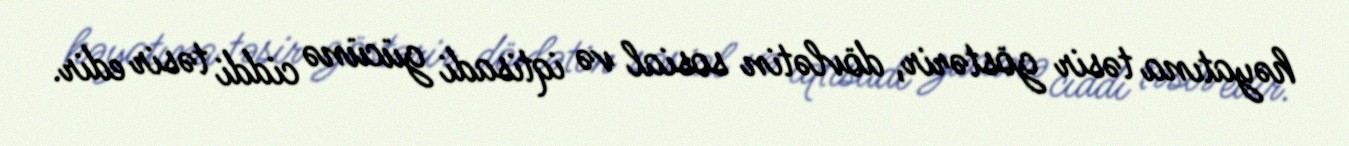
həyatına təsir göstərir, dövlətin sosial və iqtisadi gücünə ciddi təsir edir.